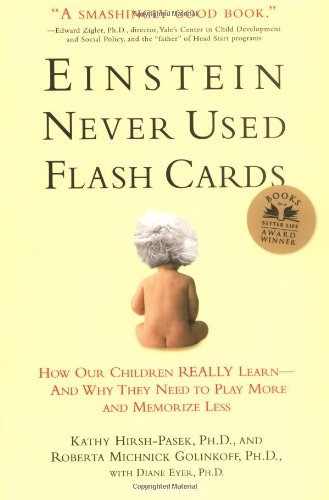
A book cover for Einstein Never Used Flashcards: How Our Children Really Learn--and Why They Need to Play More and Memorize Less; Roberta Michnick Golinkoff; Parenting & Relationships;